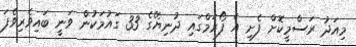
މިއަދު ރަސްމީކޮށް ފެށި އެ ފޯރަމްގައި ދުނިޔޭގެ 33 ގައުމަކުން ވަނީ ބައިވެރިވެފަ